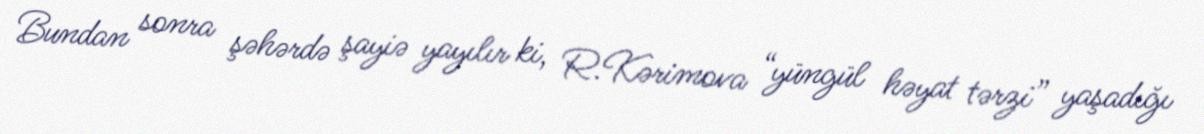
Bundan sonra şəhərdə şayiə yayılır ki, R.Kərimova “yüngül həyat tərzi” yaşadığı